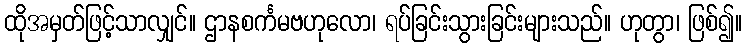
ထိုအမှတ်ဖြင့်သာလျှင်။ ဌာနစင်္ကမဗဟုလော၊ ရပ်ခြင်းသွားခြင်းများသည်။ ဟုတွာ၊ ဖြစ်၍။